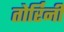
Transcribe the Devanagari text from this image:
तोर्रिनी